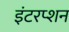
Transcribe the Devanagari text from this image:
इंटरप्शन